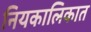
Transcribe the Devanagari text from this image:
नियकालिकात